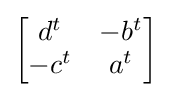
{\begin{bmatrix}d^{t}&-b^{t}\\-c^{t}&a^{t}\end{bmatrix}}